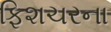
ફિશચરના